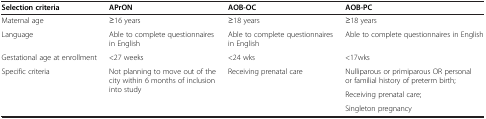
| Selection criteria | APrON | AOB-OC | AOB-PC |
 | --- | --- | --- | --- |
 | Maternal age | ≥16 years | ≥18 years | ≥18 years |
 | Language | Able to complete questionnaires in English | Able to complete questionnaires in English | Able to complete questionnaires in English |
 | Gestational age at enrollment | <27 weeks | <24 wks | <17wks |
 | <ROWSPAN=3> Specific criteria | <ROWSPAN=3> Not planning to move out of the city within 6 months of inclusion into study | <ROWSPAN=3> Receiving prenatal care | Nulliparous or primiparous OR personal or familial history of preterm birth; |
 | Receiving prenatal care; |
 | Singleton pregnancy |